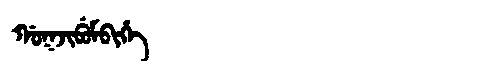
Manchu: ᡤᠣᡴᠵᡳᠪᡠᠮᠪᡳᡥᡝ
Romanization: GOKJIBUMBIHE